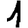
Digit: 1